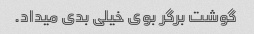
گوشت برگر بوی خیلی بدی میداد.